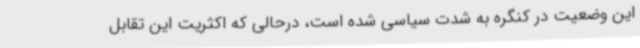
این وضعیت در کنگره به شدت سیاسی شده است، درحالی که اکثریت این تقابل